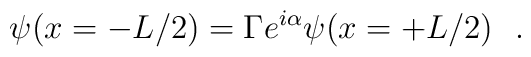
\psi(x=-L/2)=\Gamma e^{i\alpha}\psi(x=+L/2) \ \ .